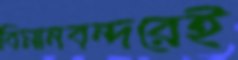
বিমানবন্দরেই